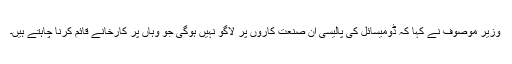
وزیر موصوف نے کہا کہ ڈومیسائل کی پالیسی ان صنعت کاروں پر لاگو نہیں ہوگی جو وہاں پر کارخانے قائم کرنا چاہتے ہیں۔